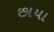
છાયા